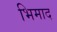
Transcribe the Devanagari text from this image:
भिमाद